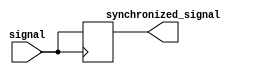
module timing_control_and_synchronization_block (
    input wire signal,
    output reg synchronized_signal
);

reg delayed_signal;

assign synchronized_signal = delayed_signal;

// Transmission gate delay for signal synchronization
always @ (posedge signal)
begin
    #1 delayed_signal <= signal;
end

endmodule